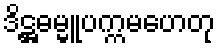
ဒိဋ္ဌဓမ္မူပက္ကမဟေတု